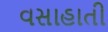
વસાહાતી